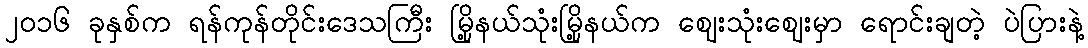
၂၀၁၆ ခုနှစ်က ရန်ကုန်တိုင်းဒေသကြီး မြို့နယ်သုံးမြို့နယ်က ဈေးသုံးဈေးမှာ ရောင်းချတဲ့ ပဲပြားနဲ့